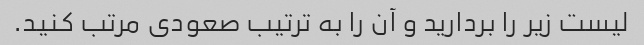
لیست زیر را بردارید و آن را به ترتیب صعودی مرتب کنید.